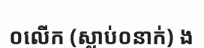
០លើក (ស្លាប់០នាក់) ង